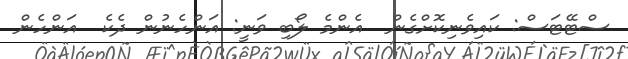
ސްޓޭޓަސް: ކައިވެނިކޮށްގެން  އެންމެ ލޯބި ވަނީ: އަންހެނުން ދެކެ  އަންހެން